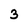
Character: 3